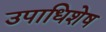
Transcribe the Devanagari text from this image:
उपाधिशेष